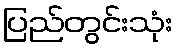
ပြည်တွင်းသုံး